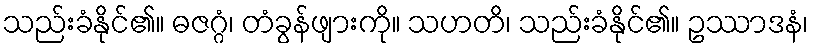
သည်းခံနိုင်၏။ ဓဇဂ္ဂံ၊ တံခွန်ဖျားကို။ သဟတိ၊ သည်းခံနိုင်၏။ ဥဿာဒနံ၊